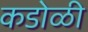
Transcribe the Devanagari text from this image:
कडोळी